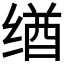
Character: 𬘶